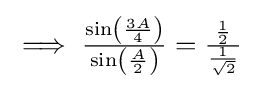
{\textstyle \implies {\frac {\sin \left({\frac {3A}{4}}\right)}{\sin \left({\frac {A}{2}}\right)}}={\frac {\frac {1}{2}}{\frac {1}{\sqrt {2}}}}}